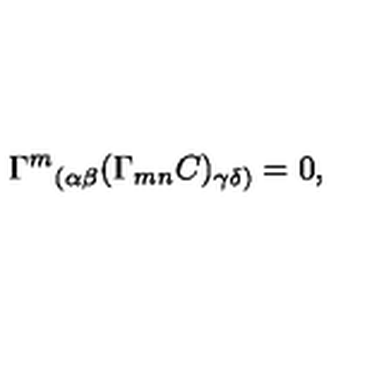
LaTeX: { \Gamma ^ { m } } _ { ( \alpha \beta } ( \Gamma _ { m n } C ) _ { \gamma \delta ) } = 0 ,